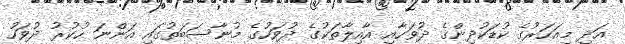
އަދި މިއަހަރުގެ ކުޑަކުދިންގެ ދުވަހާއި އާއިލާތަކުގެ ދުވަހުގެ މުނާސަބަތުގައި އަންނަ ހުކުރު ދުވަހު